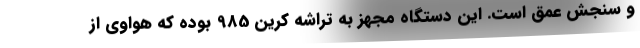
و سنجش عمق است. این دستگاه مجهز به تراشه کرین 985 بوده که هواوی از